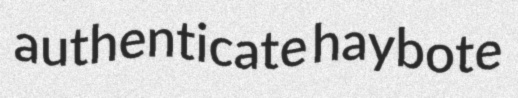
authenticate haybote